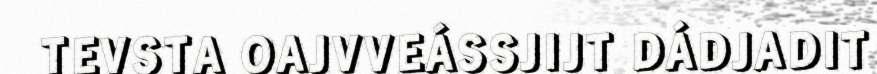
TEVSTA OAJVVEÁSSJIJT DÁDJADIT